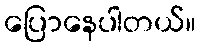
ပြောနေပါတယ်။